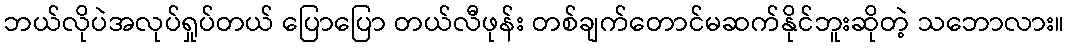
ဘယ်လိုပဲအလုပ်ရှုပ်တယ် ပြောပြော တယ်လီဖုန်း တစ်ချက်တောင်မဆက်နိုင်ဘူးဆိုတဲ့ သဘောလား။